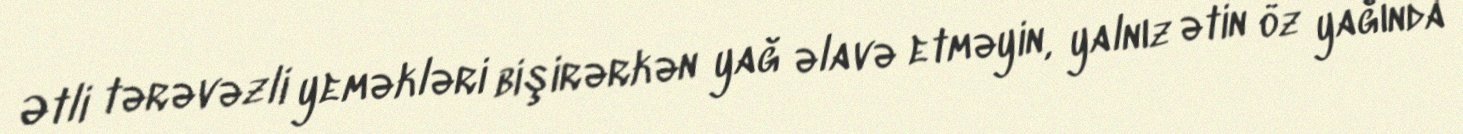
Ətli tərəvəzli yeməkləri bişirərkən yağ əlavə etməyin, yalnız ətin öz yağında